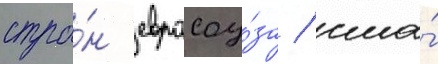
стра́н евросоу́за / сша́